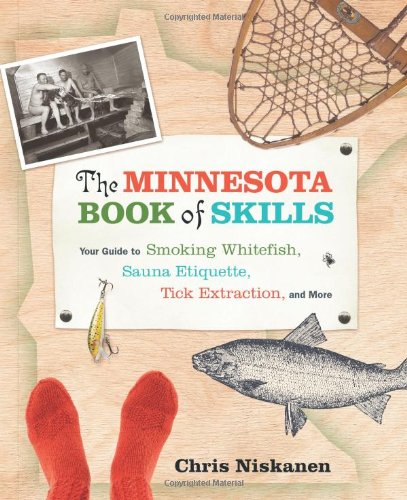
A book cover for The Minnesota Book of Skills: Your Guide to Smoking Whitefish, Sauna Etiquette, Tick Extraction, and More; Chris Niskanen; Sports & Outdoors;